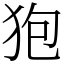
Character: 狍